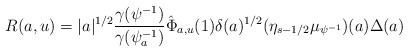
\begin{align*}R(a,u)=|a|^{1/2}\frac{\gamma(\psi^{-1})}{\gamma(\psi^{-1}_a)}\hat{\Phi}_{a,u}(1)\delta(a)^{1/2} (\eta_{s-1/2}\mu_{\psi^{-1}})(a) \Delta(a)\end{align*}